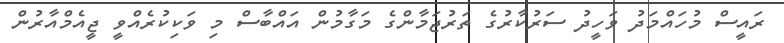
ރައީސް މުހައްމަދު ވަހީދު ސަރުކާރުގެ ތަރުޖަމާންގެ މަގާމުން އައްބާސް މި ވަކިކުރެއްވީ ޖީއެމްއާރުން